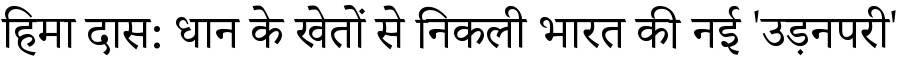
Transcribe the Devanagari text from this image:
हिमा दास: धान के खेतों से निकली भारत की नई 'उड़नपरी'